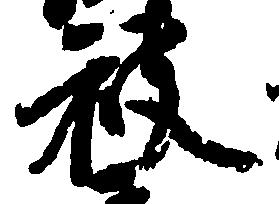
被